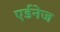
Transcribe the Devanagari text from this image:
एर्डनेज